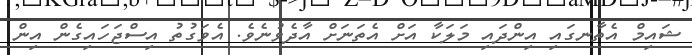
ޝައިމް އެތާނގައި އިންދައި މަލަކާ އަށް އެތަނަށް އާދެވުނެވެ. އެވަގުތު އިސްޖަހައިގެން އިން